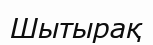
Шытырақ